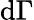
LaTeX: \mathrm{d}\Gamma